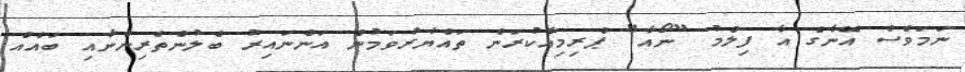
ނަމަވެސް އޭނާގެ އާ ފިލްމު "ނޯއާ" ޕްރިމިއާކުރަން ތައްޔާރުވަމުން އަންނައިރު ބެލުންތެރިންނާއި ބައެއް